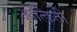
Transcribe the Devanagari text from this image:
ओत्क्रिती